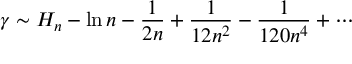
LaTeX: \gamma \sim H _ { n } - \ln n - { \frac { 1 } { 2 n } } + { \frac { 1 } { 1 2 n ^ { 2 } } } - { \frac { 1 } { 1 2 0 n ^ { 4 } } } + \cdots